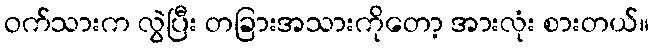
ဝက်သားက လွဲပြီး တခြားအသားကိုတော့ အားလုံး စားတယ်။